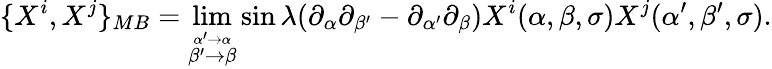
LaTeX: \{ X^{i},X^{j}\} _{MB}=\operatorname*{lim}_{\stackrel{\alpha^{\prime}\to\alpha}{\beta^{\prime}\to\beta}}\sin\lambda(\partial_{\alpha}\partial_{\beta^{\prime}}-\partial_{\alpha^{\prime}}\partial_{\beta})X^{i}(\alpha,\beta,\sigma)X^{j}(\alpha^{\prime},\beta^{\prime},\sigma).